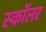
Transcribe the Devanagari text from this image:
स्‍कॉलर